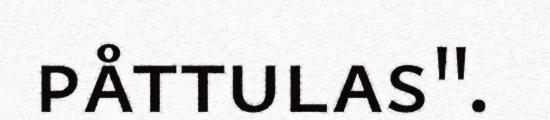
påttulas".